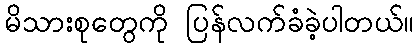
မိသားစုတွေကို ပြန်လက်ခံခဲ့ပါတယ်။